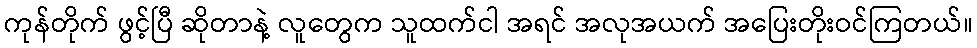
ကုန်တိုက် ဖွင့်ပြီ ဆိုတာနဲ့ လူတွေက သူထက်ငါ အရင် အလုအယက် အပြေးတိုးဝင်ကြတယ်။